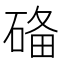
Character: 𥓶